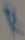
Text: R